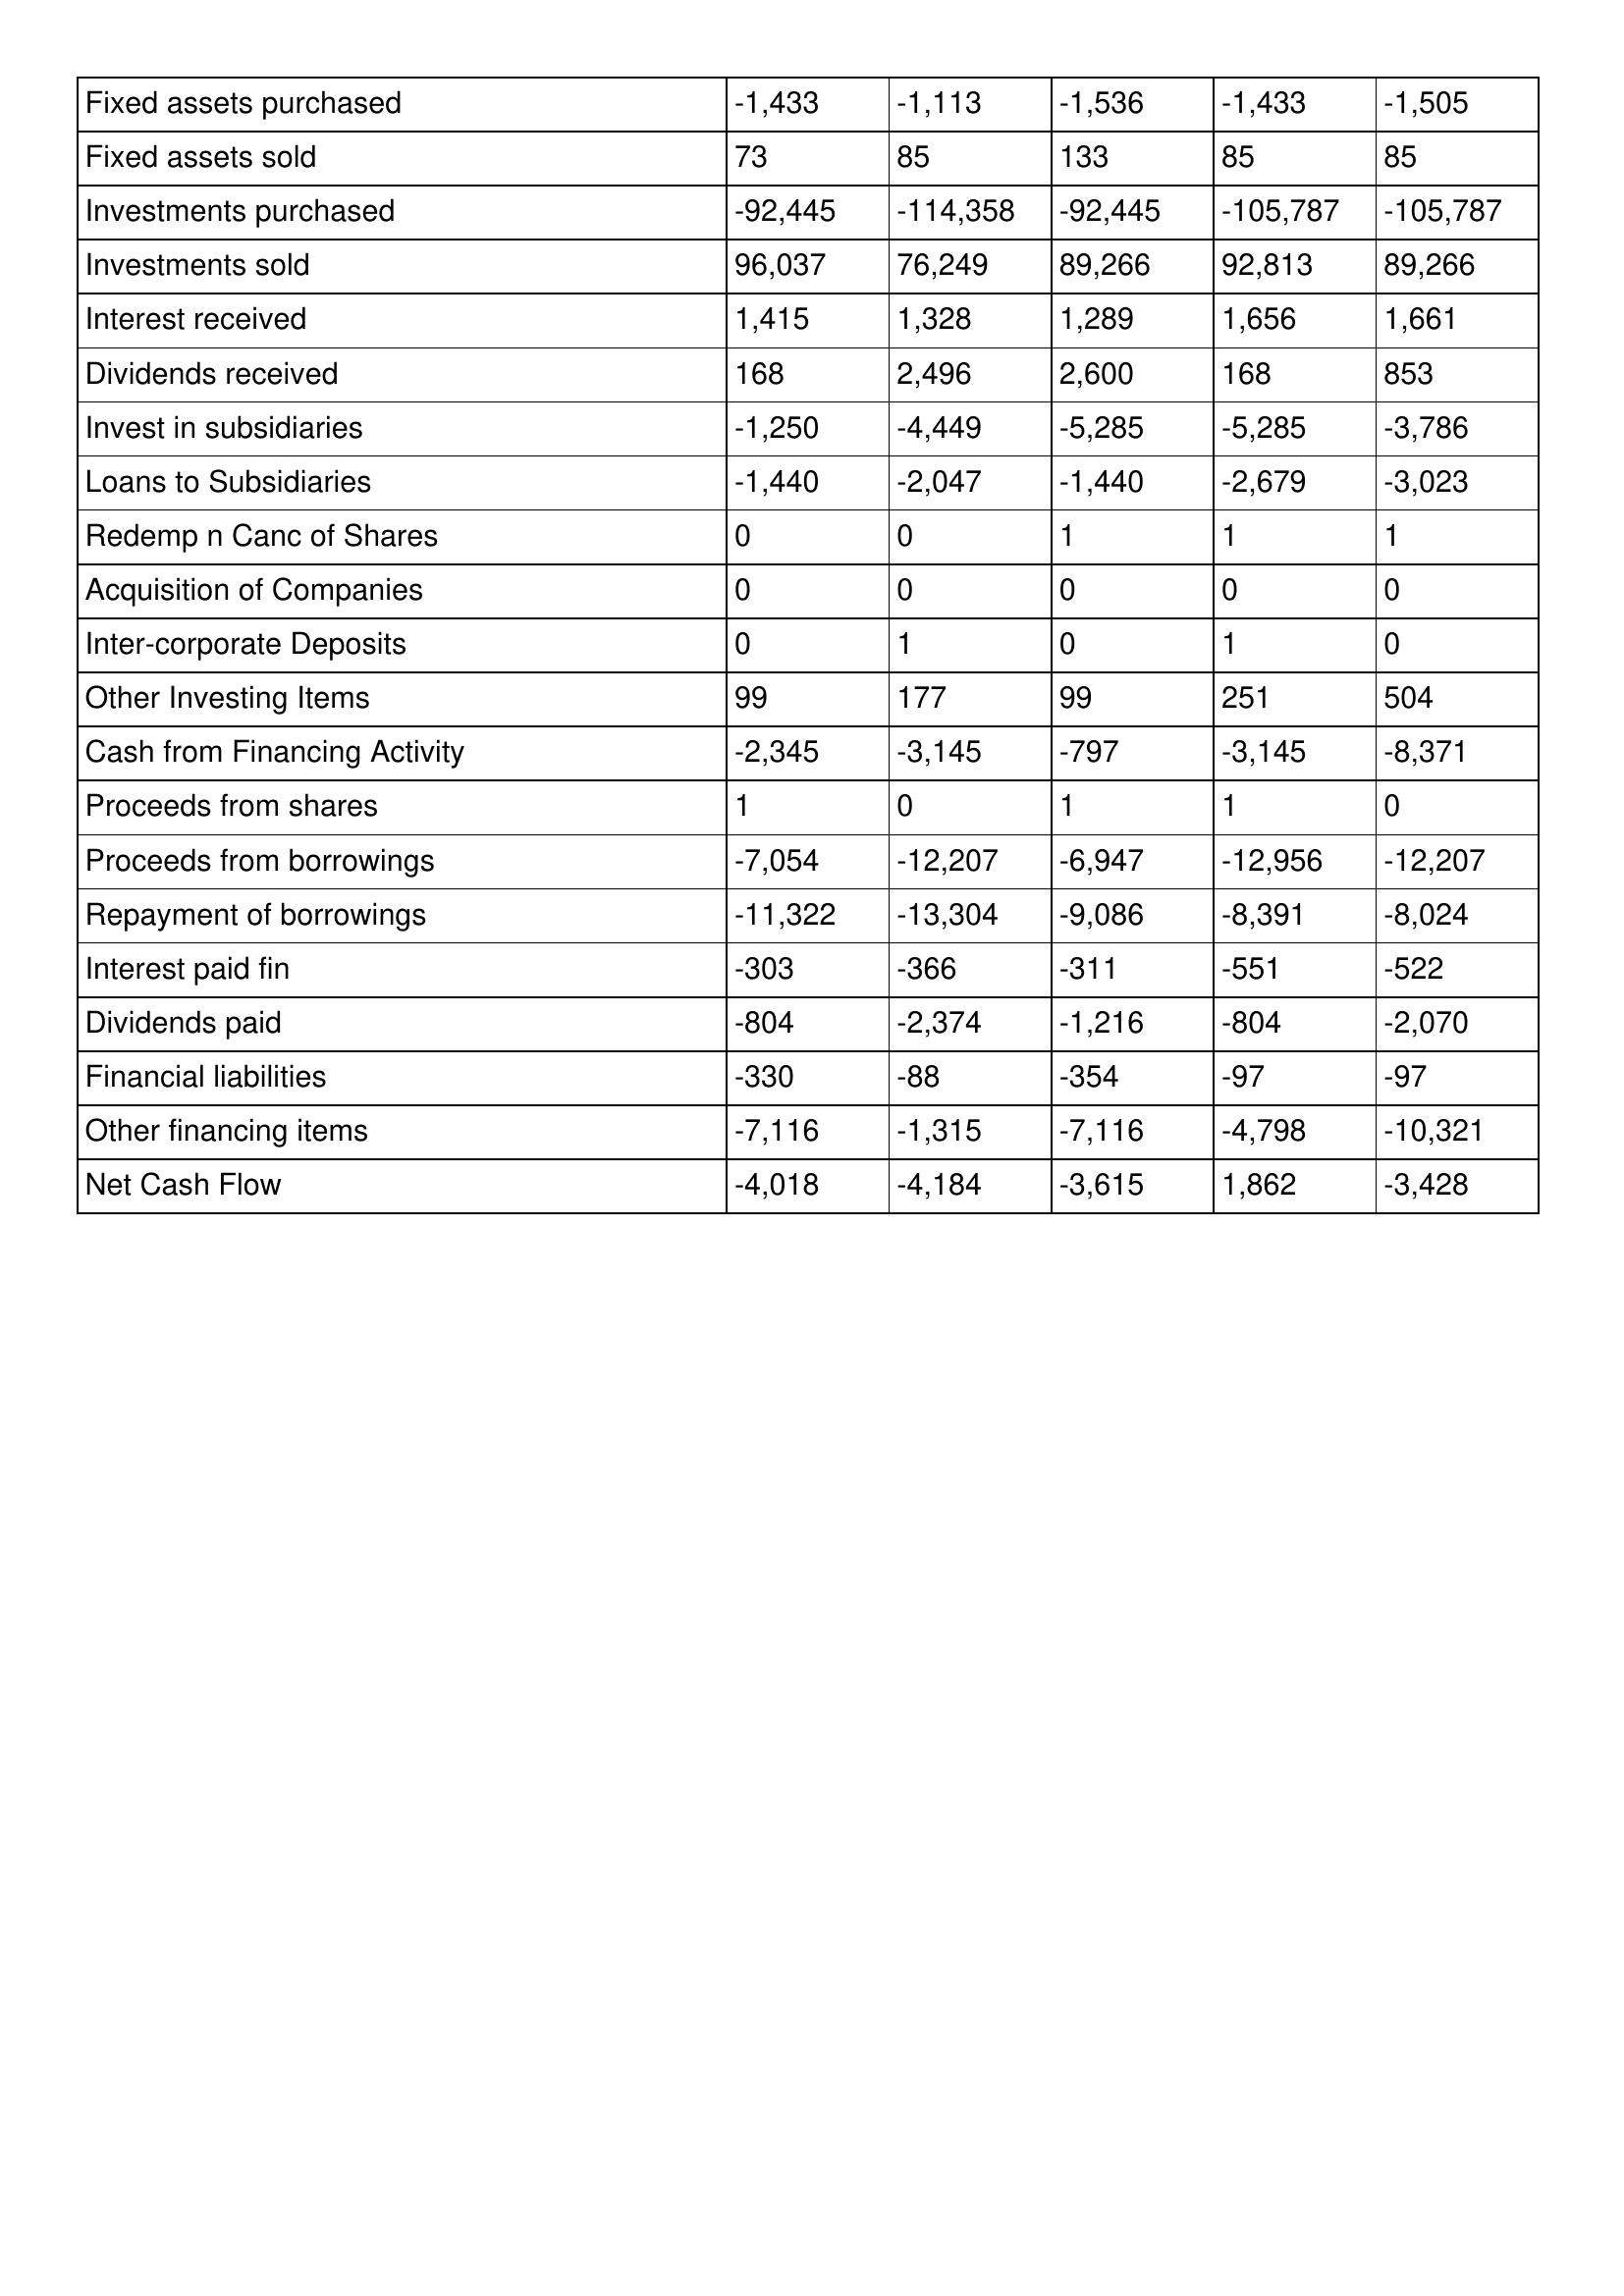
gt_parse: 1996: Cash Flows: Fixed assets purchased: -1,433
Fixed assets sold: 73
Investments purchased: -92,445
Investments sold: 96,037
Interest received: 1,415
Dividends received: 168
Invest in subsidiaries: -1,250
Loans to Subsidiaries: -1,440
Redemp n Canc of Shares: 0
Acquisition of Companies: 0
Inter-corporate Deposits: 0
Other Investing Items: 99
Cash from Financing Activity: -2,345
Proceeds from shares: 1
Proceeds from borrowings: -7,054
Repayment of borrowings: -11,322
Interest paid fin: -303
Dividends paid: -804
Financial liabilities: -330
Other financing items: -7,116
Net Cash Flow: -4,018
1995: Cash Flows: Fixed assets purchased: -1,113
Fixed assets sold: 85
Investments purchased: -114,358
Investments sold: 76,249
Interest received: 1,328
Dividends received: 2,496
Invest in subsidiaries: -4,449
Loans to Subsidiaries: -2,047
Redemp n Canc of Shares: 0
Acquisition of Companies: 0
Inter-corporate Deposits: 1
Other Investing Items: 177
Cash from Financing Activity: -3,145
Proceeds from shares: 0
Proceeds from borrowings: -12,207
Repayment of borrowings: -13,304
Interest paid fin: -366
Dividends paid: -2,374
Financial liabilities: -88
Other financing items: -1,315
Net Cash Flow: -4,184
1994: Cash Flows: Fixed assets purchased: -1,536
Fixed assets sold: 133
Investments purchased: -92,445
Investments sold: 89,266
Interest received: 1,289
Dividends received: 2,600
Invest in subsidiaries: -5,285
Loans to Subsidiaries: -1,440
Redemp n Canc of Shares: 1
Acquisition of Companies: 0
Inter-corporate Deposits: 0
Other Investing Items: 99
Cash from Financing Activity: -797
Proceeds from shares: 1
Proceeds from borrowings: -6,947
Repayment of borrowings: -9,086
Interest paid fin: -311
Dividends paid: -1,216
Financial liabilities: -354
Other financing items: -7,116
Net Cash Flow: -3,615
1993: Cash Flows: Fixed assets purchased: -1,433
Fixed assets sold: 85
Investments purchased: -105,787
Investments sold: 92,813
Interest received: 1,656
Dividends received: 168
Invest in subsidiaries: -5,285
Loans to Subsidiaries: -2,679
Redemp n Canc of Shares: 1
Acquisition of Companies: 0
Inter-corporate Deposits: 1
Other Investing Items: 251
Cash from Financing Activity: -3,145
Proceeds from shares: 1
Proceeds from borrowings: -12,956
Repayment of borrowings: -8,391
Interest paid fin: -551
Dividends paid: -804
Financial liabilities: -97
Other financing items: -4,798
Net Cash Flow: 1,862
1992: Cash Flows: Fixed assets purchased: -1,505
Fixed assets sold: 85
Investments purchased: -105,787
Investments sold: 89,266
Interest received: 1,661
Dividends received: 853
Invest in subsidiaries: -3,786
Loans to Subsidiaries: -3,023
Redemp n Canc of Shares: 1
Acquisition of Companies: 0
Inter-corporate Deposits: 0
Other Investing Items: 504
Cash from Financing Activity: -8,371
Proceeds from shares: 0
Proceeds from borrowings: -12,207
Repayment of borrowings: -8,024
Interest paid fin: -522
Dividends paid: -2,070
Financial liabilities: -97
Other financing items: -10,321
Net Cash Flow: -3,428